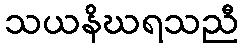
သယနိဃရသညီ